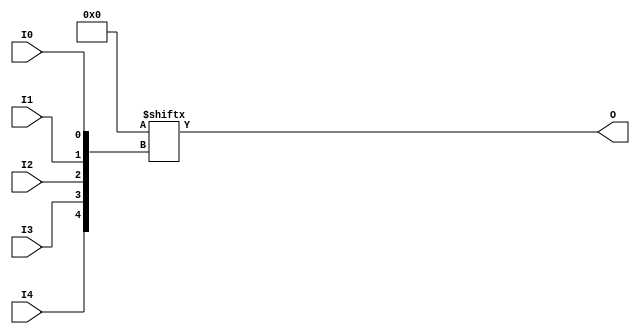
module LUT5 (O, I0, I1, I2, I3, I4);

  parameter INIT = 32'h00000000;

`ifdef XIL_TIMING

  parameter LOC = "UNPLACED";

`endif


  output O;
  input I0, I1, I2, I3, I4;

  wire a0, a1, a2, a3, a4;
  wire o_out_tmp;

  buf b0 (a0, I0);
  buf b1 (a1, I1);
  buf b2 (a2, I2);
  buf b3 (a3, I3);
  buf b4 (a4, I4);
  buf b5 (O, o_out_tmp);

  reg o_out;
  reg tmp;

  assign o_out_tmp= o_out;

  always @( a4 or a3 or  a2 or  a1 or  a0 )  begin

    tmp =  a0 ^ a1  ^ a2 ^ a3 ^ a4;

    if ( tmp == 0 || tmp == 1)

        o_out = INIT[{a4, a3, a2, a1, a0}];

    else

      o_out =  lut4_mux4 (
                        { lut6_mux8 ( INIT[31:24], {a2, a1, a0}),
                          lut6_mux8 ( INIT[23:16], {a2, a1, a0}),
                          lut6_mux8 ( INIT[15:8], {a2, a1, a0}),
                          lut6_mux8 ( INIT[7:0], {a2, a1, a0}) }, { a4, a3});
  end


  specify

	(I0 => O) = (0:0:0, 0:0:0);
	(I1 => O) = (0:0:0, 0:0:0);
	(I2 => O) = (0:0:0, 0:0:0);
	(I3 => O) = (0:0:0, 0:0:0);
	(I4 => O) = (0:0:0, 0:0:0);
	specparam PATHPULSE$ = 0;

  endspecify


  function lut6_mux8;
  input [7:0] d;
  input [2:0] s;
   
  begin

       if ((s[2]^s[1]^s[0] ==1) || (s[2]^s[1]^s[0] ==0))
           
           lut6_mux8 = d[s];

         else
           if ( ~(|d))
                 lut6_mux8 = 1'b0;
           else if ((&d))
                 lut6_mux8 = 1'b1;
           else if (((s[1]^s[0] ==1'b1) || (s[1]^s[0] ==1'b0)) && (d[{1'b0,s[1:0]}]==d[{1'b1,s[1:0]}]))
                 lut6_mux8 = d[{1'b0,s[1:0]}];
           else if (((s[2]^s[0] ==1) || (s[2]^s[0] ==0)) && (d[{s[2],1'b0,s[0]}]==d[{s[2],1'b1,s[0]}]))
                 lut6_mux8 = d[{s[2],1'b0,s[0]}];
           else if (((s[2]^s[1] ==1) || (s[2]^s[1] ==0)) && (d[{s[2],s[1],1'b0}]==d[{s[2],s[1],1'b1}]))
                 lut6_mux8 = d[{s[2],s[1],1'b0}];
           else if (((s[0] ==1) || (s[0] ==0)) && (d[{1'b0,1'b0,s[0]}]==d[{1'b0,1'b1,s[0]}]) &&
              (d[{1'b0,1'b0,s[0]}]==d[{1'b1,1'b0,s[0]}]) && (d[{1'b0,1'b0,s[0]}]==d[{1'b1,1'b1,s[0]}]))
                 lut6_mux8 = d[{1'b0,1'b0,s[0]}];
           else if (((s[1] ==1) || (s[1] ==0)) && (d[{1'b0,s[1],1'b0}]==d[{1'b0,s[1],1'b1}]) &&
              (d[{1'b0,s[1],1'b0}]==d[{1'b1,s[1],1'b0}]) && (d[{1'b0,s[1],1'b0}]==d[{1'b1,s[1],1'b1}]))
                 lut6_mux8 = d[{1'b0,s[1],1'b0}];
           else if (((s[2] ==1) || (s[2] ==0)) && (d[{s[2],1'b0,1'b0}]==d[{s[2],1'b0,1'b1}]) &&
              (d[{s[2],1'b0,1'b0}]==d[{s[2],1'b1,1'b0}]) && (d[{s[2],1'b0,1'b0}]==d[{s[2],1'b1,1'b1}]))
                 lut6_mux8 = d[{s[2],1'b0,1'b0}];
           else
                 lut6_mux8 = 1'bx;
   end
  endfunction


  function lut4_mux4;
  input [3:0] d;
  input [1:0] s;
   
  begin

       if ((s[1]^s[0] ==1) || (s[1]^s[0] ==0))

           lut4_mux4 = d[s];

         else if ((d[0] ^ d[1]) == 0 && (d[2] ^ d[3]) == 0 && (d[0] ^ d[2]) == 0)
           lut4_mux4 = d[0];
         else if ((s[1] == 0) && (d[0] == d[1]))
           lut4_mux4 = d[0];
         else if ((s[1] == 1) && (d[2] == d[3]))
           lut4_mux4 = d[2];
         else if ((s[0] == 0) && (d[0] == d[2]))
           lut4_mux4 = d[0];
         else if ((s[0] == 1) && (d[1] == d[3]))
           lut4_mux4 = d[1];
         else
           lut4_mux4 = 1'bx;

   end
  endfunction

endmodule